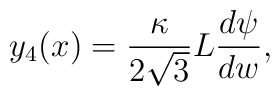
y_4(x) = \frac{\kappa}{2\sqrt{3}}L\frac{d\psi}{dw},